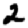
Digit: 2